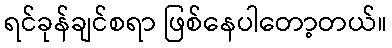
ရင်ခုန်ချင်စရာ ဖြစ်နေပါတော့တယ်။